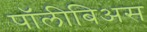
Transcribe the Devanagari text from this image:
पॉलीबिअस